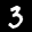
Label: 3